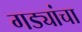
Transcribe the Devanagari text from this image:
गड्यांचा